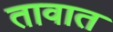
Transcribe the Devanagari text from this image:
तावात